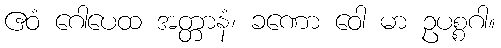
ဧဝံ ဂေါပေထ အတ္တာနံ၊ ခဏော ဝေါ မာ ဥပစ္စဂါ။